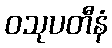
ဝသုပတီနံ